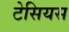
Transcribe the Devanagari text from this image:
टेसियस